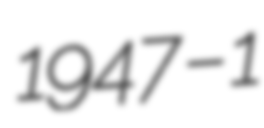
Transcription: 1947 – 1